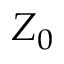
Z _ { 0 }